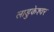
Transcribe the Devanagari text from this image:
लाडुकेश्वर